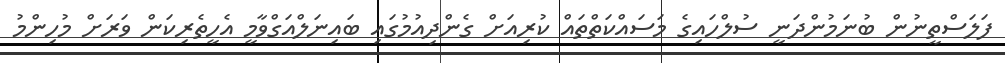
ފަލަސްތީނުން ބުނަމުންދަނީ ސުލްހައިގެ މަސައްކަތްތައް ކުރިއަށް ގެންދިއުމުގައި ބައިނަލްއަގްވާމީ އެހީތެރިކަން ވަރަށް މުހިންމު